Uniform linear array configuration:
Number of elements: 32
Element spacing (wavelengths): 0.25
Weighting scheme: kaiser
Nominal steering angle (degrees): -15
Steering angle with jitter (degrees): -15.072
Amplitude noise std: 0.05
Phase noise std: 0.05

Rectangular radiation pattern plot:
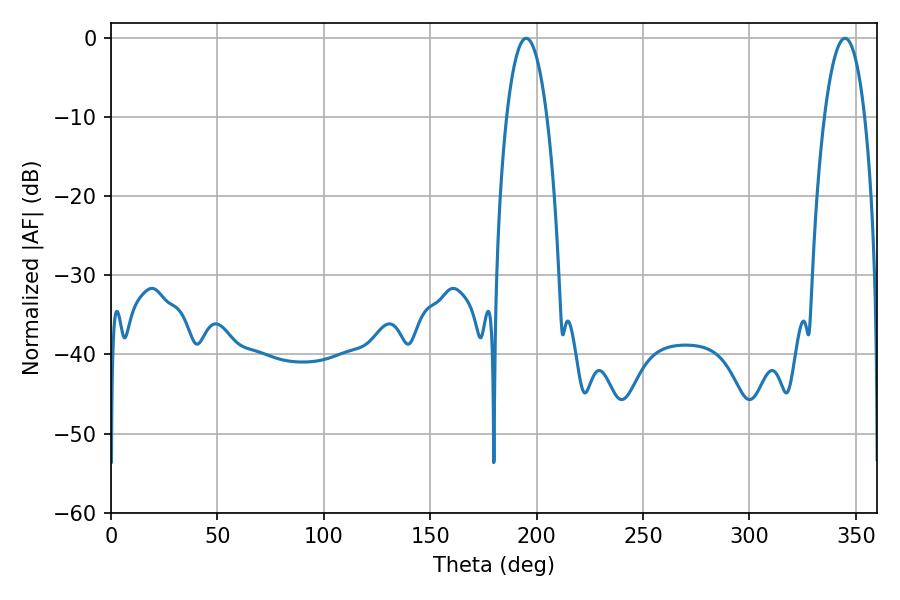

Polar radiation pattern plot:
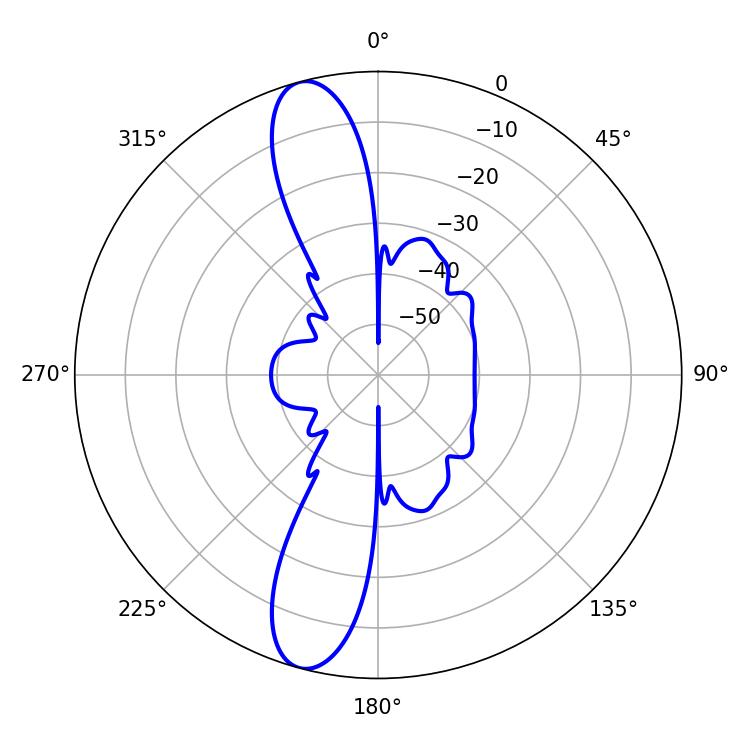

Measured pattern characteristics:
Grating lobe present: FALSE
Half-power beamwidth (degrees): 10.62
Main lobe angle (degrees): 195.12